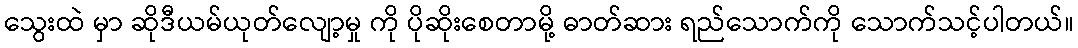
သွေးထဲ မှာ ဆိုဒီယမ်ယုတ်လျော့မှု ကို ပိုဆိုးစေတာမို့ ဓာတ်ဆား ရည်သောက်ကို သောက်သင့်ပါတယ်။